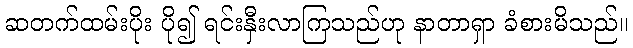
ဆတက်ထမ်းပိုး ပို၍ ရင်းနှီးလာကြသည်ဟု နာတာရှာ ခံစားမိသည်။